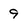
Character: 9